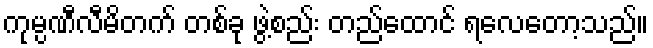
ကုမ္ပဏီလီမိတက် တစ်ခု ဖွဲ့စည်း တည်ထောင် ရလေတော့သည်။